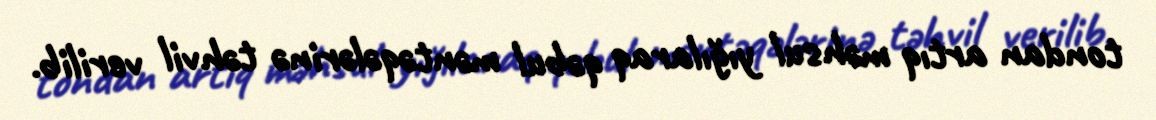
tondan artıq məhsul yığılaraq qəbul məntəqələrinə təhvil verilib.